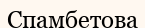
Спамбетова